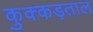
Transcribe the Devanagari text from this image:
कुक्कड़ताल